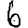
Digit: 6